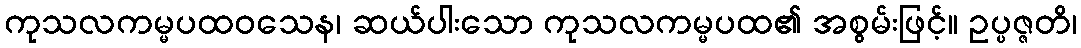
ကုသလကမ္မပထဝသေန၊ ဆယ်ပါးသော ကုသလကမ္မပထ၏ အစွမ်းဖြင့်။ ဥပ္ပဇ္ဇတိ၊